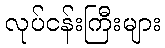
လုပ်ငန်းကြီးများ